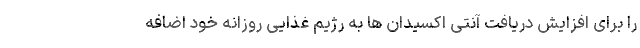
را برای افزایش دریافت آنتی اکسیدان ها به رژیم غذایی روزانه خود اضافه